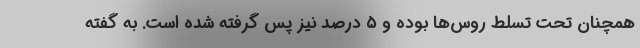
همچنان تحت تسلط روس‌ها بوده و ۵ درصد نیز پس گرفته شده است. به گفته